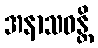
အနာသဝန္တိ